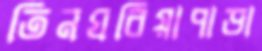
তিনঘরিয়াপাড়া